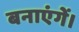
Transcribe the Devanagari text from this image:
बनाएंगें।